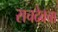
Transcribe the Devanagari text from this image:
सचदेवचा